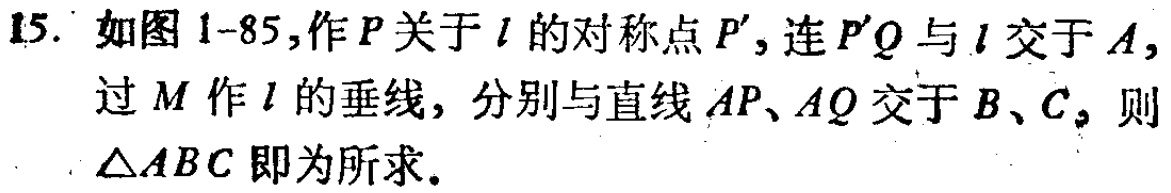
15. 如图1-85,作\(P\)关于\(l\)的对称点\(P'\),连\(P'Q\)与\(l\)交于\(A\),过\(M\)作\(l\)的垂线,分别与直线\(AP\)、\(AQ\)交于\(B\)、\(C\),则\(\triangle ABC\)即为所求.